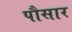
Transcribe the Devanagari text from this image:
पौसार